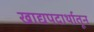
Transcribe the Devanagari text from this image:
खाद्यपदार्थातून